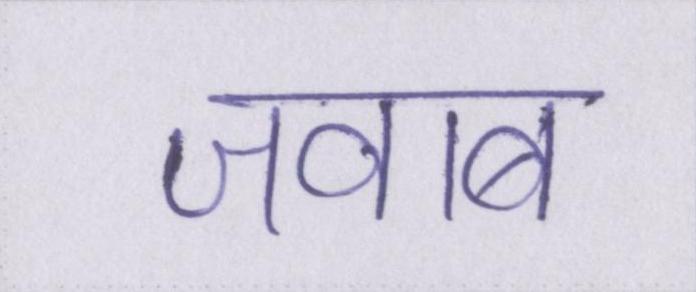
जवाब